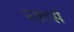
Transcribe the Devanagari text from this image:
स्कार्स